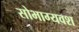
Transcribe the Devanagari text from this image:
सोभाग्यवश